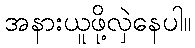
အနားယူဖို့လှဲနေပါ။